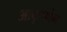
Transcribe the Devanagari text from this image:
आकृष्णेन